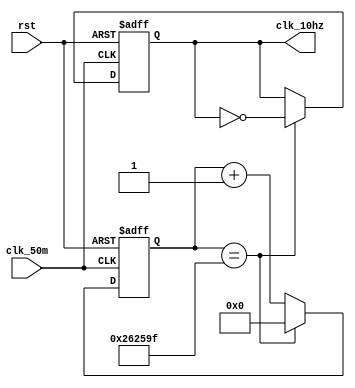
module clk_10hz (clk_50m ,clk_10hz ,rst);
input clk_50m,rst;
output clk_10hz;
reg clk_10hz;
reg [26:0]div_cnt;
always @ (posedge clk_50m or negedge rst)begin
if(!rst)
div_cnt<=27'b0;
else if(div_cnt==2499999)
div_cnt<=27'b0;
else
div_cnt<=div_cnt+1'b1;
end
always @ (posedge clk_50m or negedge rst)begin
if(!rst)
clk_10hz<=1'b0;
else if (div_cnt==2499999)
clk_10hz<=~clk_10hz;
else
clk_10hz<=clk_10hz;
end
endmodule